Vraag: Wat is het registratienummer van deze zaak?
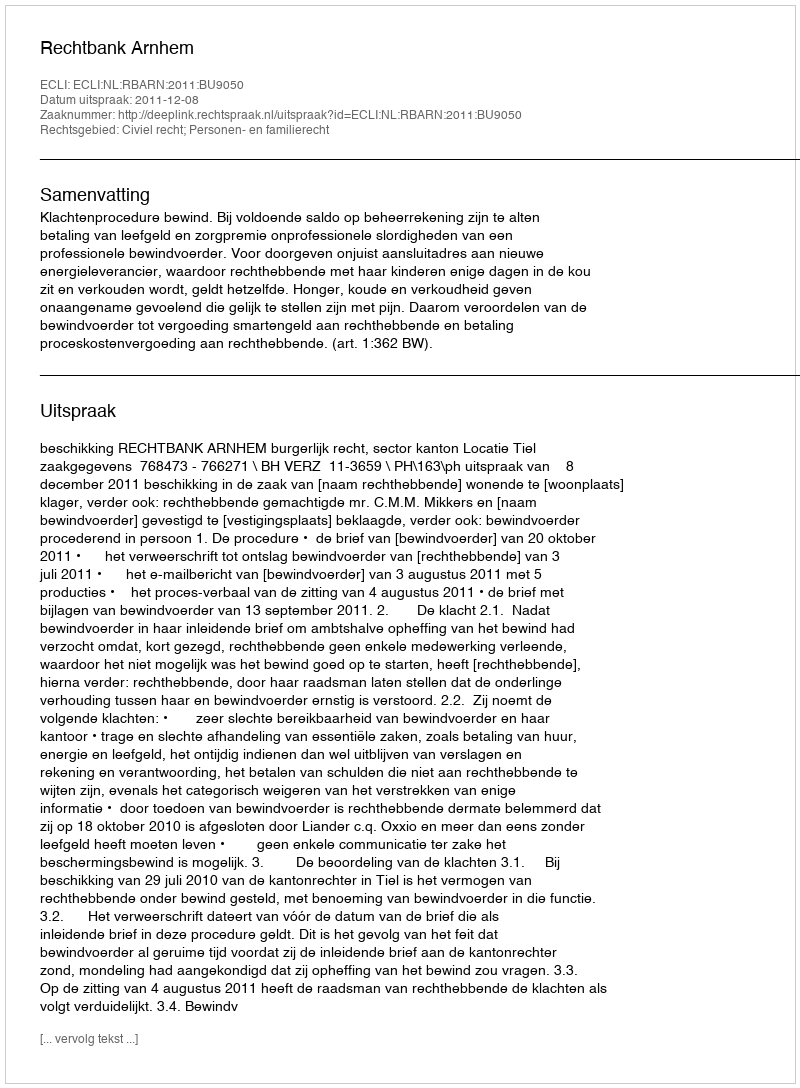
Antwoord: http://deeplink.rechtspraak.nl/uitspraak?id=ECLI:NL:RBARN:2011:BU9050